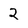
Character: 2